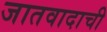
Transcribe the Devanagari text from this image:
जातवादाची